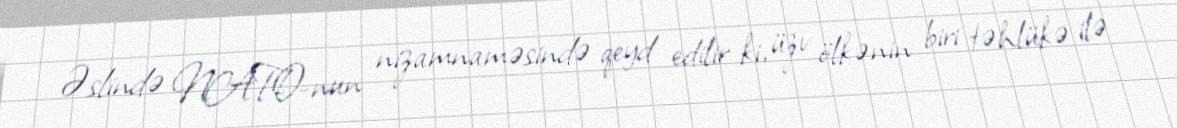
Əslində NATO-nun nizamnaməsində qeyd edilir ki, üzv ölkənin biri təhlükə ilə